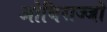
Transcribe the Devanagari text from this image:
ओधिराज्जो